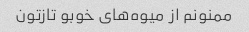
ممنونم از میوه‌های خوبو تازتون